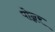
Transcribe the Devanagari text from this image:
पोन्नर